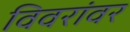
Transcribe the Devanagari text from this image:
विवरांवर